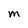
Character: M